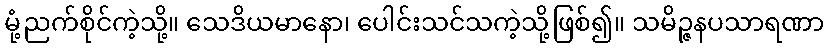
မုံ့ညက်စိုင်ကဲ့သို့။ သေဒိယမာနော၊ ပေါင်းသင်သကဲ့သို့ဖြစ်၍။ သမိဉ္ဇနပသာရဏာ